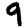
Digit: 9